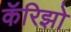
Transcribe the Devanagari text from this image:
कॅरिझो